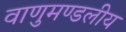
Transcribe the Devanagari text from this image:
वाणुमण्डलीय